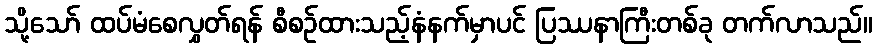
သို့သော် ထပ်မံစေလွှတ်ရန် စီစဉ်ထားသည့်နံနက်မှာပင် ပြဿနာကြီးတစ်ခု တက်လာသည်။